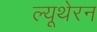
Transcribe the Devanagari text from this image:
ल्यूथेरन